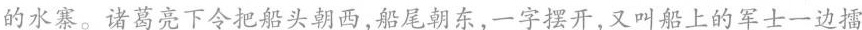
的水寨。诸葛亮下令把船头朝西，船尾朝东，一字摆开，又叫船上的军士一边擂